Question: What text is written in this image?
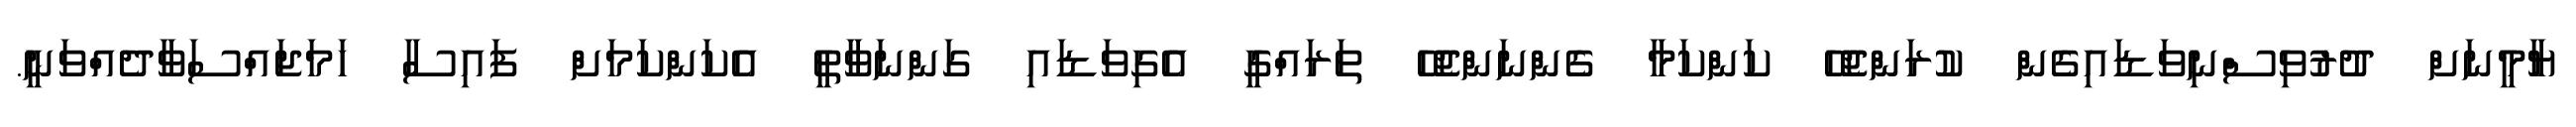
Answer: ޔާމީނަށް ދުރުވިސްނިވަޑައިގެން ކުރަންޖެހޭ ކަންކަމާ ގެންނަންޖެހޭ ތަރައްގީ އެގިވަޑައި ގަންނަވާތީ އެކަންކަމަށް ފައިސާ ހަމަޖައްސަވާދެއްވަނީ.